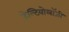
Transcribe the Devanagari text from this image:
डेल्टियोलॉजी